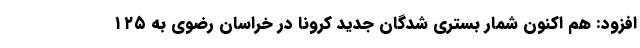
افزود: هم اکنون شمار بستری شدگان جدید کرونا در خراسان رضوی به ۱۲۵